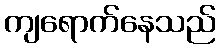
ကျရောက်နေသည်